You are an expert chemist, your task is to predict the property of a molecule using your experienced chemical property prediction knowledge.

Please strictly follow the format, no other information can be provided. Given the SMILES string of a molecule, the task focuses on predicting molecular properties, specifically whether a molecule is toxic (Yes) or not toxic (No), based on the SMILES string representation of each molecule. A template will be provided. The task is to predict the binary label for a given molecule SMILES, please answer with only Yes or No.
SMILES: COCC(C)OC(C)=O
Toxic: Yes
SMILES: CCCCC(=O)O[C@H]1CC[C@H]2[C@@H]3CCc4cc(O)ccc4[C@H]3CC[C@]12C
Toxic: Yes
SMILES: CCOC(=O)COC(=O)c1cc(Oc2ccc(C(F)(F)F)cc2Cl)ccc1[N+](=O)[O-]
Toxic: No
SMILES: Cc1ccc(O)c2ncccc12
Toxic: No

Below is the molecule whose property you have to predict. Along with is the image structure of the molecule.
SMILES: COc1ccccc1OCC(O)CN1CCN(CC(=O)Nc2c(C)cccc2C)CC1
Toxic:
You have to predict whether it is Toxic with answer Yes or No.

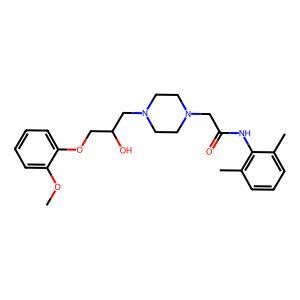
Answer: No